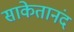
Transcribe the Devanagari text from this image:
साकेतानंद